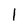
Character: I